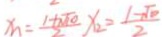
x _ { 1 } = \frac { 1 + \sqrt { 1 0 } } { 2 } x _ { 2 } = \frac { 1 - \sqrt { 1 0 } } { 2 }